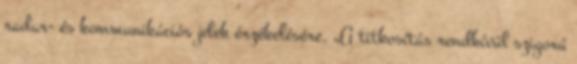
radar- és kommunikációs jelek érzékelésére. „A titkosítás rendkívül szigorú